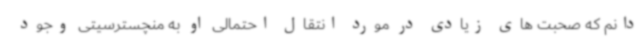
دانم که صحبت های زیادی در مورد انتقال احتمالی او به منچسترسیتی وجود